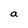
Character: a